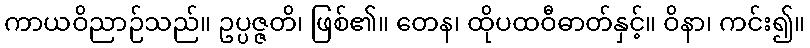
ကာယဝိညာဉ်သည်။ ဥပ္ပဇ္ဇတိ၊ ဖြစ်၏။ တေန၊ ထိုပထဝီဓာတ်နှင့်။ ဝိနာ၊ ကင်း၍။